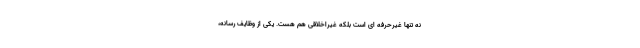
نه تنها غیرحرفه ای است بلکه غیراخلاقی هم هست. یکی از وظایف رسانه،